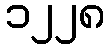
၁၂၂၈